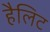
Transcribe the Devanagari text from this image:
हैलिट